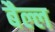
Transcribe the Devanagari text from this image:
बैल्ल